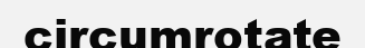
circumrotate